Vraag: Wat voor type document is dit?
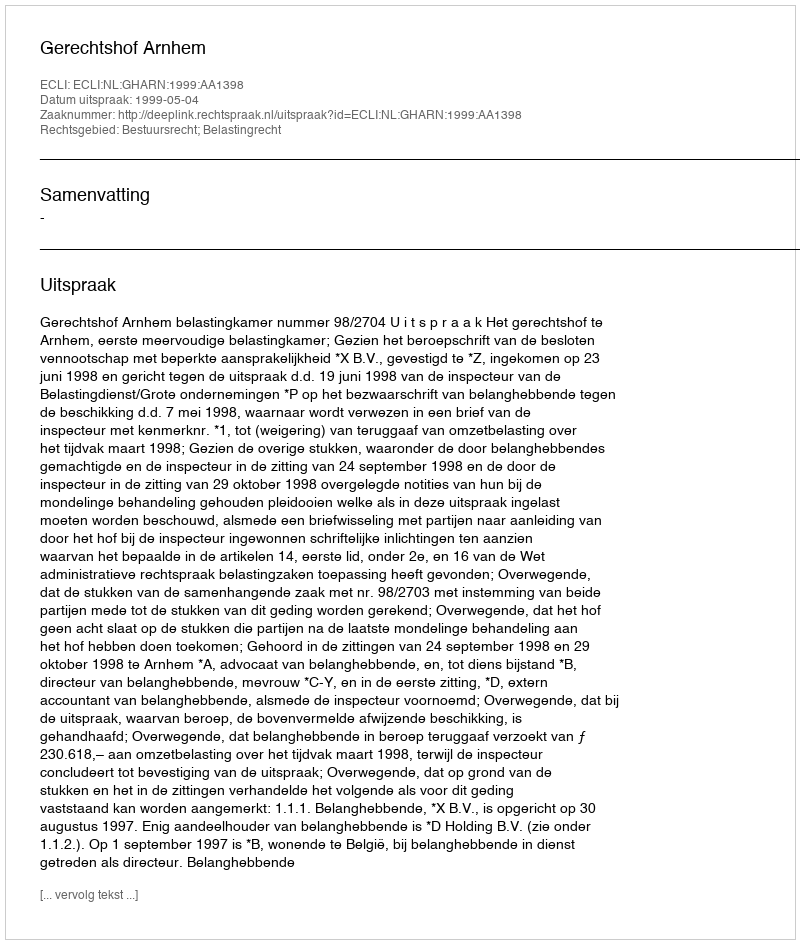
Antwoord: Uitspraak